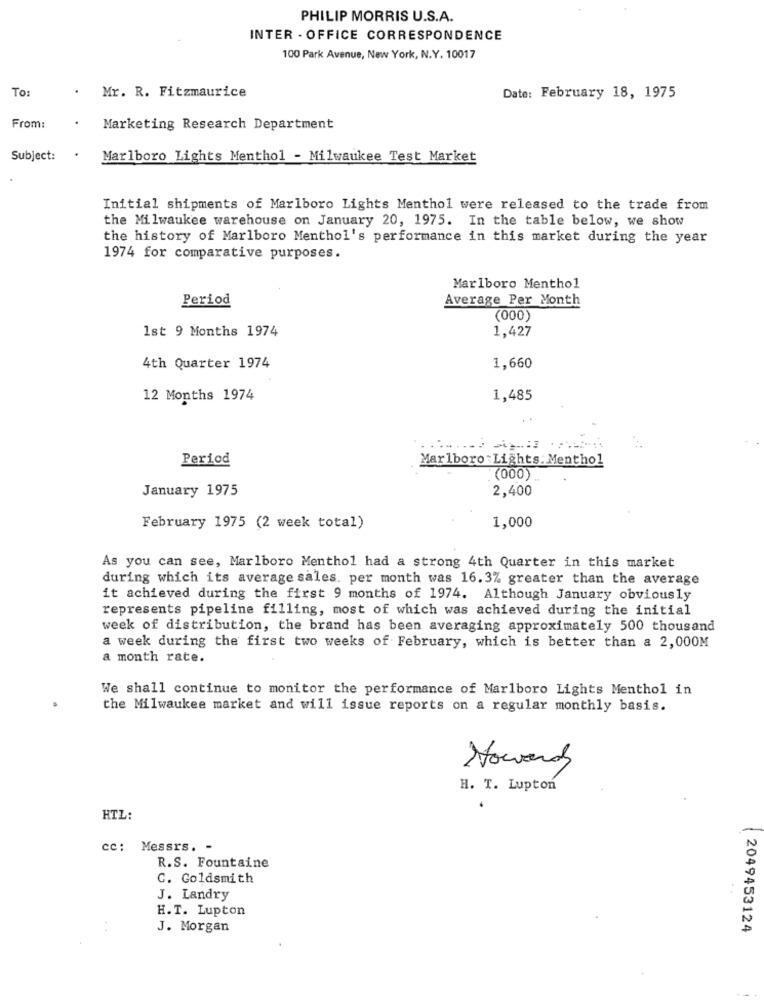
PHILIP MORRIS U.S.A.
INTER - OFFICE CORRESPONDENCE
100 Park Avenue, New York, N.Y. 10017
To:
.
Mr. R. Fitzmaurice
Date: February 18, 1975
From:
Marketing Research Department
Subject:
.
Marlboro Lights Menthol - Milwaukee Test Market
Initial shipments of Marlboro Lights Menthol were released to the trade from
the Milwaukee warehouse on January 20, 1975. In the table below, we show
the history of Marlboro Menthol's performance in this market during the year
1974 for comparative purposes.
Marlboro Menthol
Period
Average Per Month
(000)
1,427
1st 9 Months 1974
4th Quarter 1974
1,660
12 Months 1974
1,485
........ ...... .:
Period
Marlboro Lights: Menthol
(000)
January 1975
2,400
February 1975 (2 week total)
1,000
As you can see, Marlboro Menthol had a strong 4th Quarter in this market
during which its average sales. per month was 16.3% greater than the average
it achieved during the first 9 months of 1974. Although January obviously
represents pipeline filling, most of which was achieved during the initial
week of distribution, the brand has been averaging approximately 500 thousand
a week during the first two weeks of February, which is better than a 2,000M
a month rate.
We shall continue to monitor the performance of Marlboro Lights Menthol in
the Milwaukee market and will issue reports on a regular monthly basis.
Howard
H. T. Lupton
HTZ:
cc: Messrs. -
R.S. Fountaine
C. Goldsmith
J. Landry
H.T. Lupton
. .
J. Morgan
2049453124